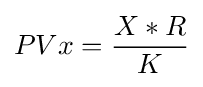
PVx={\frac {X*R}{K}}